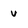
Character: v